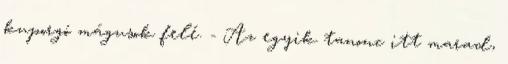
kuporgó mágusok felé. - Az egyik tanonc itt marad,